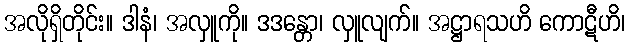
အလိုရှိတိုင်း။ ဒါနံ၊ အလှူကို။ ဒဒန္တော၊ လှူလျက်။ အဋ္ဌာရသဟိ ကောဋီဟိ၊